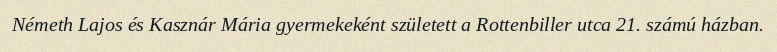
Németh Lajos és Kasznár Mária gyermekeként született a Rottenbiller utca 21. számú házban.